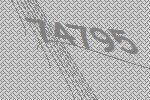
74795